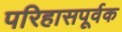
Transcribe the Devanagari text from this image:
परिहासपूर्वक